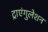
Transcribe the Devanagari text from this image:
ट्राएंगुलेशन